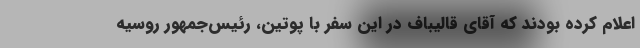
اعلام کرده بودند که آقای قالیباف در این سفر با پوتین، رئیس‌جمهور روسیه